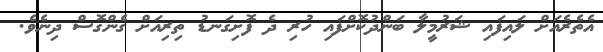
އެތެރެއަށް ލައިފައި ޝަރުމީލާ ބަންދުކޮށްފައި ހުރި ދެ ފޮށިގަނޑު ތިރިއަށް ގެންގޮސް ދިނެވެ.